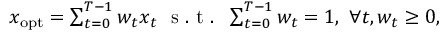
\begin{array} { r } { \boldsymbol { x } _ { \mathrm { o p t } } = \sum _ { t = 0 } ^ { T - 1 } w _ { t } \boldsymbol { x } _ { t } \ \mathrm { ~ s ~ . ~ t ~ . ~ } \ \sum _ { t = 0 } ^ { T - 1 } w _ { t } = 1 , \ \forall t , w _ { t } \geq 0 , } \end{array}